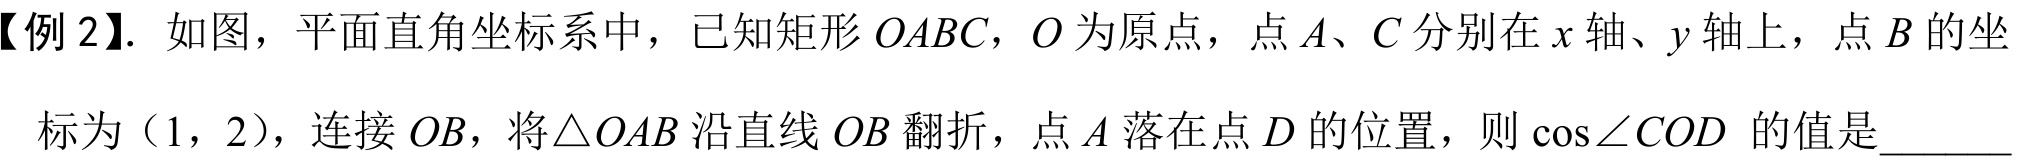
【例2】. 如图，平面直角坐标系中，已知矩形\(OABC\)，\(O\)为原点，点\(A\)、\(C\)分别在\(x\)轴、\(y\)轴上，点\(B\)的坐标为（1，2），连接\(OB\)，将\(\triangle OAB\)沿直线\(OB\)翻折，点\(A\)落在点\(D\)的位置，则\(\cos\angle COD\) 的值是______